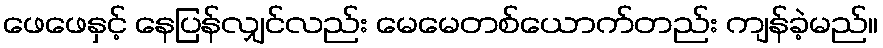
ဖေဖေနှင့် နေပြန်လျှင်လည်း မေမေတစ်ယောက်တည်း ကျန်ခဲ့မည်။